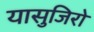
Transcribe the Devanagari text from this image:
यासुजिरो